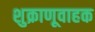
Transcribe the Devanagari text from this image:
शुक्राणूवाहक